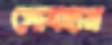
সোবহান